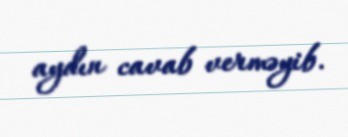
aydın cavab verməyib.